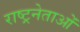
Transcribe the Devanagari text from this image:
राष्ट्रनेताओं